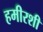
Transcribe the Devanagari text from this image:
हमीरशी